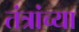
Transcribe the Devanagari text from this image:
तंत्रांच्या